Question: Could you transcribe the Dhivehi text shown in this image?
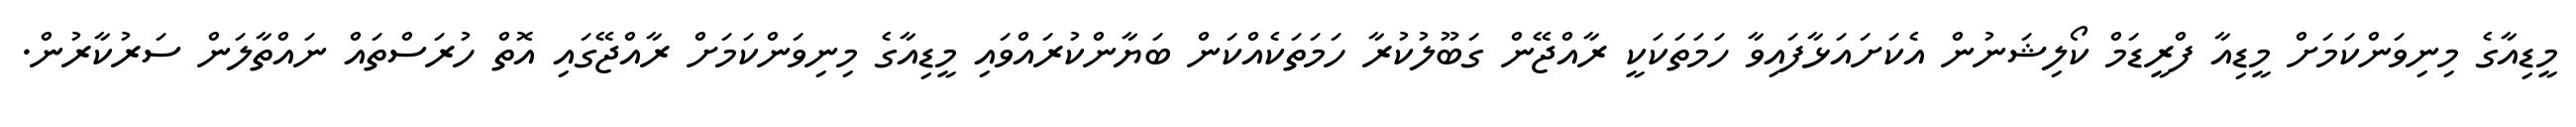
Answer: މީޑިއާގެ މިނިވަންކަމަށް މީޑިއާ ފްރީޑަމް ކޯލިޝަނުން އެކަށައަޅާފައިވާ ހަމަތަކަކީ ރާއްޖޭން ގަބޫލުކުރާ ހަމަތަކެއްކަން ބަޔާންކުރައްވައި މީޑިއާގެ މިނިވަންކަމަށް ރާއްޖޭގައި އޮތް ހުރަސްތައް ނައްތާލަން ސަރުކާރުން.